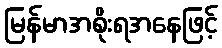
မြန်မာအစိုးရအနေဖြင့်